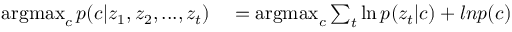
\begin{array} { r l } { \operatorname * { a r g m a x } _ { c } p ( c | z _ { 1 } , z _ { 2 } , . . . , z _ { t } ) } & { { } = \operatorname * { a r g m a x } _ { c } \sum _ { t } \ln { p ( z _ { t } | c ) } + l n { p ( c ) } } \end{array}